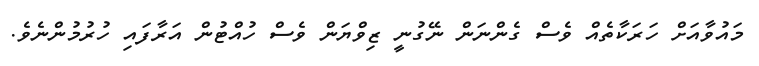
މައުވާއަށް ހަރަކާތެއް ވެސް ގެންނަން ނޭގުނީ ޒިވްޔަން ވެސް ހުއްޓުން އަރާފައި ހުރުމުންނެވެ.